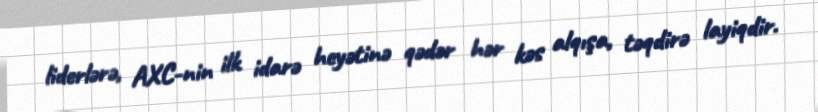
liderlərə, AXC-nin ilk idarə heyətinə qədər hər kəs alqışa, təqdirə layiqdir.